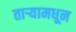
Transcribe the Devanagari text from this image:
तार्‍यामधून